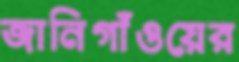
জানিগাঁওয়ের